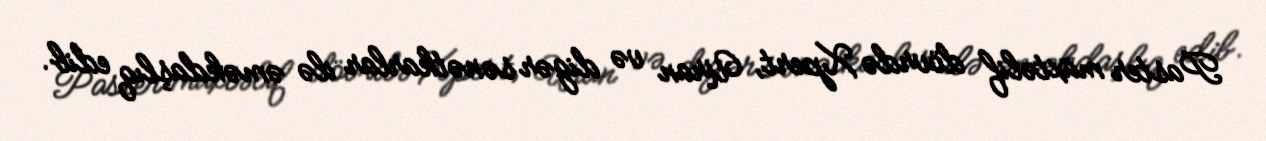
Paster müxtəlif dövrdə Xpert, Uran və digər sənətkarlar ilə əməkdaşlıq edib.